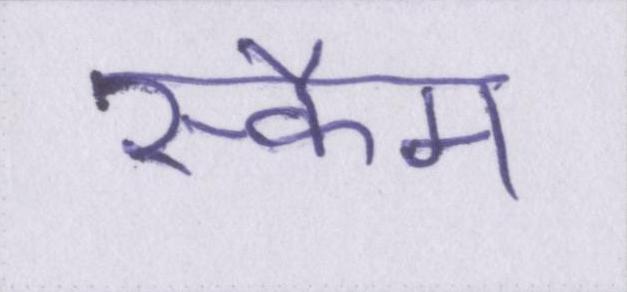
स्कैम